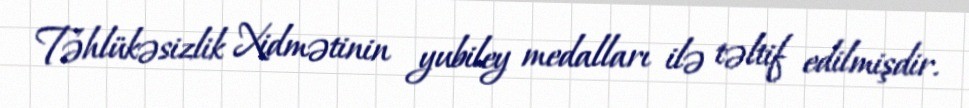
Təhlükəsizlik Xidmətinin yubiley medalları ilə təltif edilmişdir.